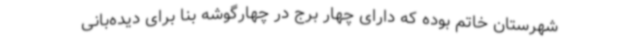
شهرستان خاتم بوده که دارای چهار برج در چهارگوشه بنا برای دیده‌بانی